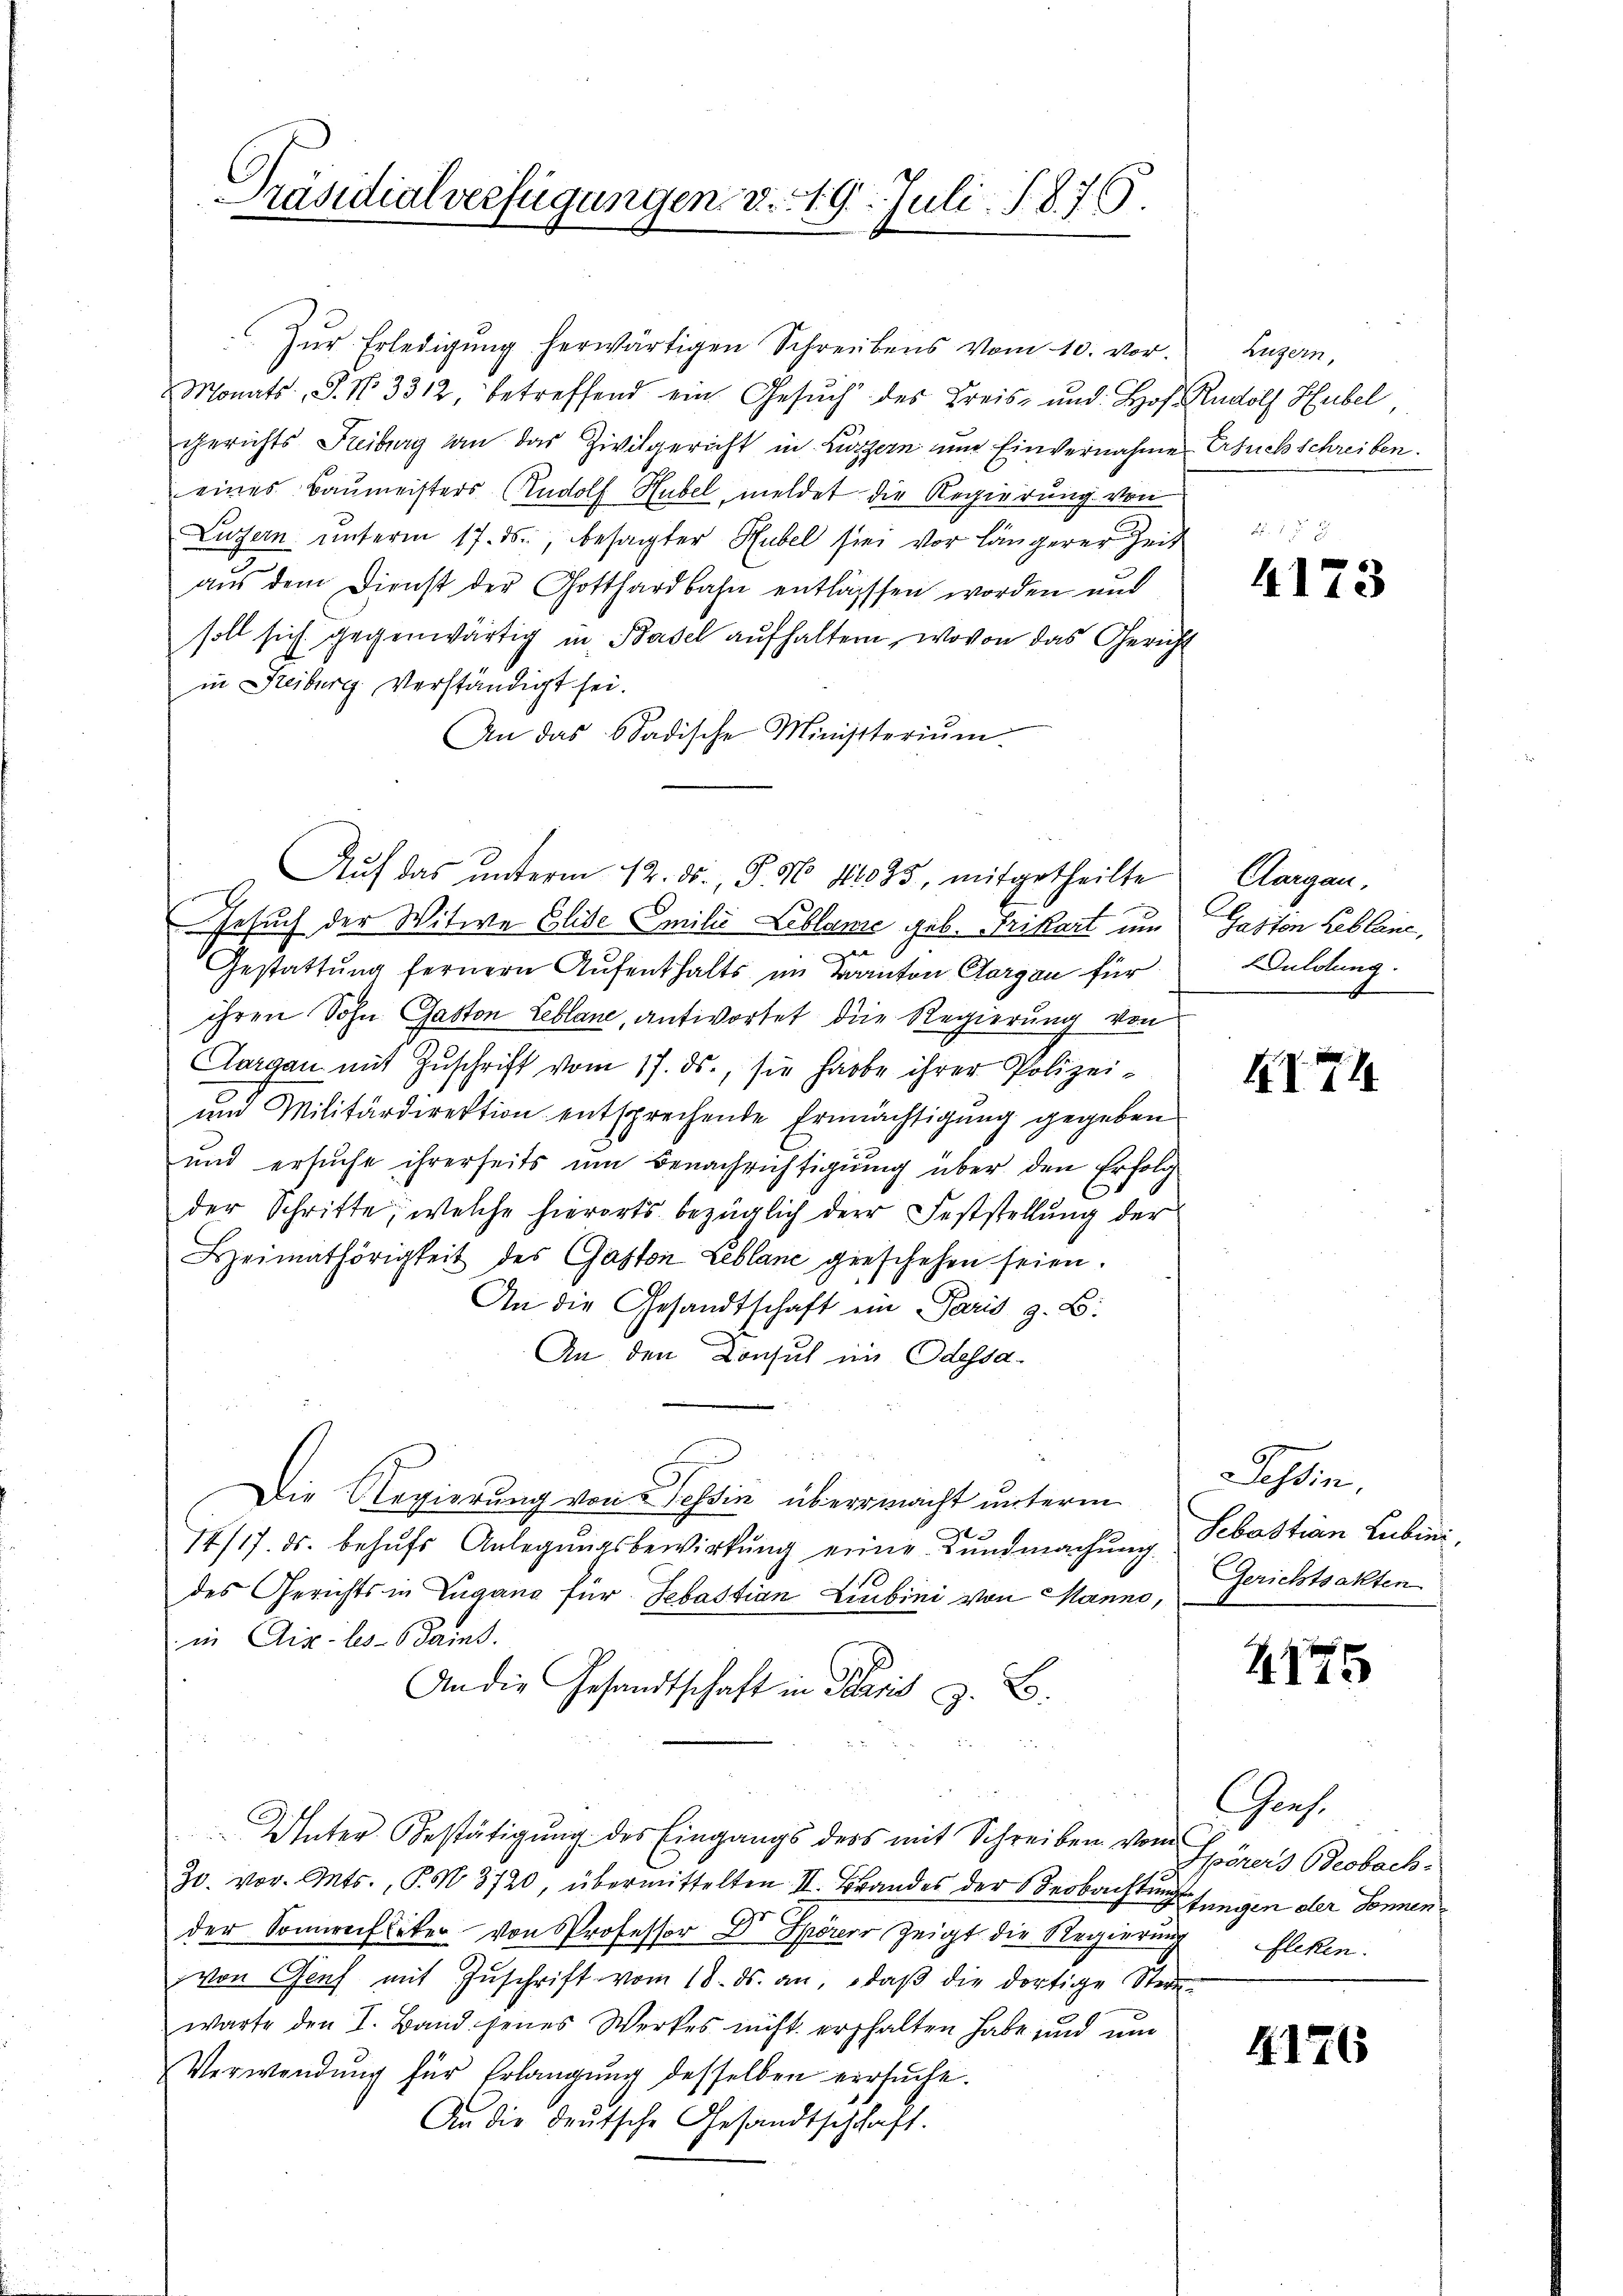
Präsidialverfügungen v. 19. Juli 1876.

Monats, S. No. 3312, betreffend ein Gesŭch des Kreis- und: Hof. Rudolf Hubel,
gerichts Freiburg an das Zivilgericht in Luzern und Einvernahme
eines Baumeisters Rudolf Hubel, meldet die Regierung von
Luzern ŭnterm 17. ds., besagter Hubel sie vor längerer Zeit
aus dem Dienst der Gotthardbahn entlasssen worden und
soll sich gegenwärtig in Basel aŭfhalten, wovon das Gericht
in Freiburg verständigt sei.
An das Stadische Ministerium
Gesuch der Witwe Elise Emilie Leblame geb. Frikart um
e
Gestattung fernern Aufenthalts im Kanton Aargau für
ihren Sohn Gaston Leblane, antwortet die Regierung von
Aargau mit Zuschrift vom 17. ds., sie habe ihrer Polizei-
und Militärdirektion entsprechende Ermächtigung gegeben
und ersuche ihrerseits um Benachrichtigung über den Erfolg
der Schritte, welche hierorts bezüglich der Feststellung der
Heimathörigkeit des Gaston Leblane geschehen seien.
An die Gesandtschaft ein Paris z. B.
An den Konsul im Odessa
Die Regierung von Tessin übermacht unterm
14/17. ds. behŭfs Anlegungsbewirkung eine Kundmachung
des Gerichts in Zugang für Sebastian Leubini von Manns,
in Aix-les-Bains.
An die Gesandtschaft in Paris z. B.

Unter Bestätigung des Eingangs ders mit Schreiben von Spezers Beobach¬
30. vor. Mts., P. M. 3720, übermittelten II. Brandes der Beobachtungen jungen der Sonnender Sonnenfliker von Professor Dr. Spörer Zeigt die Regierung Fleken.
von Genf mit Zŭschrift vom 18. ds. an, daβ die dortige Stern-
warte den I. Band jenes Werkes nicht erhalten habe und um
Verwendung für Erlangung desselben versuche.
An die deutsche Gesandtschchaft.

Zŭr Erledigŭng herwärtigen Schreibens vom 10. vor.

Auf das unterm 12. ds., S. 56 41035, mitgetheilte

Luzern,
Ersuchschreiben.

4173

Aargau.
Gaston Reblane,
Duldung.

174

Tessin.
Sebastian Lubini,
Gerichtsakten

215

Graf.

4176